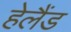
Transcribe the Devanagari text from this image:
हेलैंड